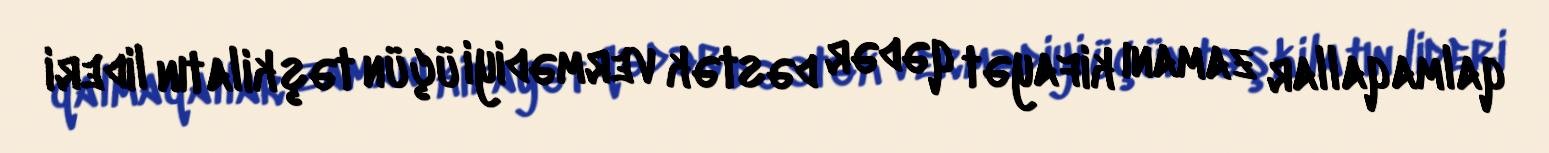
qalmaqallar zamanı kifayət qədər dəstək vermədiyi üçün təşkilatın lideri